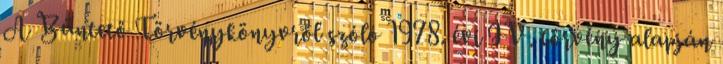
A Büntető Törvénykönyvről szóló 1978. évi IV. törvény alapján